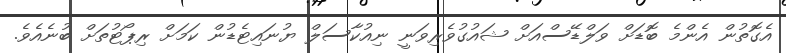
އެގޮތުން އެންމެ ބޮޑަށް ވަލްޑޭސްއަށް ޝައުގުވެރިވަނީ ނިއުކާސަލް ޔުނައިޓެޑުން ކަމަށް ރިޕޯޓުތަށް ބުނެއެވެ.